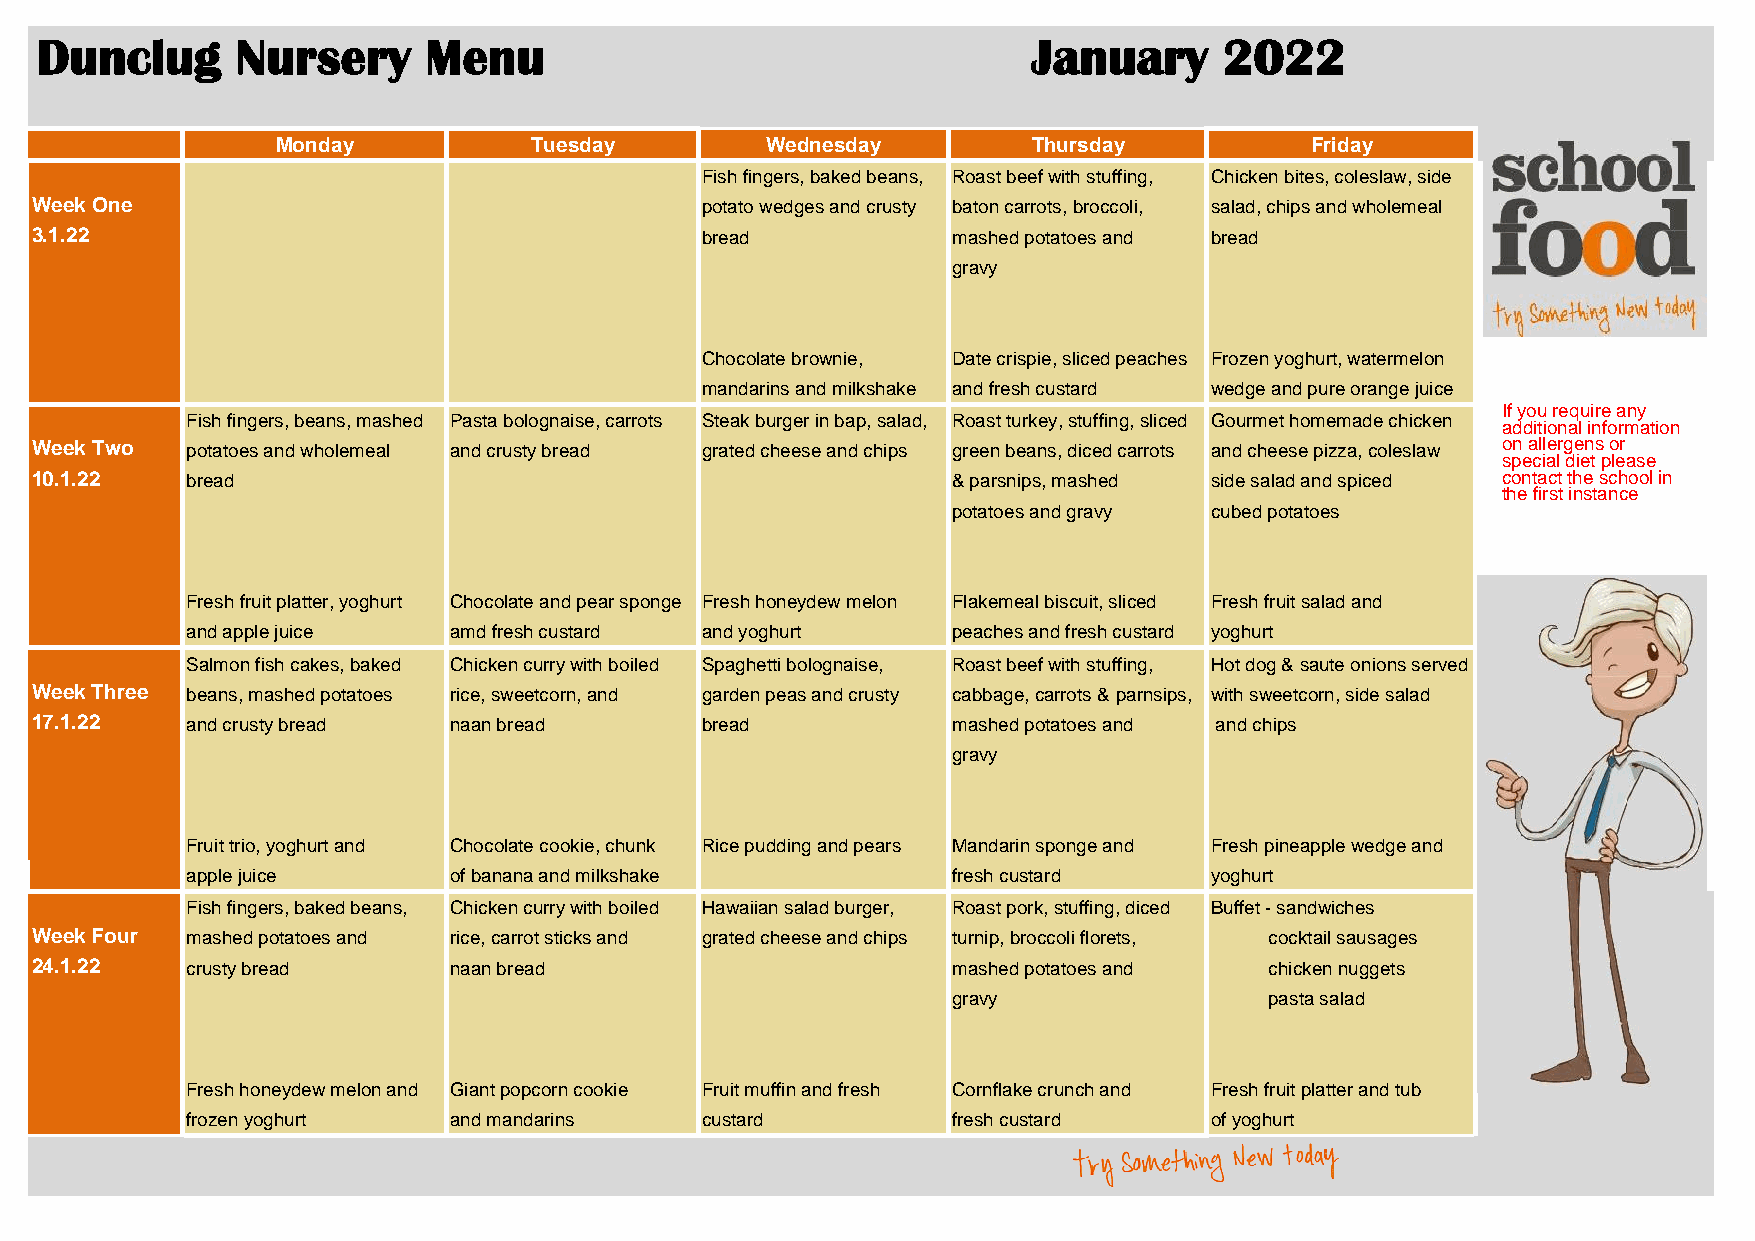
Dunclug       Nursery     Menu                                    January      2022
 Monday           Tuesday         Wednesday        Thursday           Friday
 Fish fingers, baked beans, Roast beef with stuffing, Chicken bites, coleslaw, side
 Week One                                    potato wedges and crusty baton carrots, broccoli, salad, chips and wholemeal
 3.1.22                                      bread            mashed potatoes and bread
 gravy
 Chocolate brownie, Date crispie, sliced peaches Frozen yoghurt, watermelon
 mandarins and milkshake and fresh custard wedge and pure orange juice
 If you require any
 Fish fingers, beans, mashed Pasta bolognaise, carrots Steak burger in bap, salad, Roast turkey, stuffing, sliced Gourmet homemade chicken
 additional information
 Week Two  potatoes and wholemeal and crusty bread grated cheese and chips green beans, diced carrots and cheese pizza, coleslaw on allergens or
 special diet please
 10.1.22   bread                                              & parsnips, mashed side salad and spiced contact the school in
 the first instance
 potatoes and gravy cubed potatoes
 Fresh fruit platter, yoghurt Chocolate and pear sponge Fresh honeydew melon Flakemeal biscuit, sliced Fresh fruit salad and
 and apple juice   amd fresh custard and yoghurt    peaches and fresh custard yoghurt
 Salmon fish cakes, baked Chicken curry with boiled Spaghetti bolognaise, Roast beef with stuffing, Hot dog & saute onions served
 Week Three beans, mashed potatoes rice, sweetcorn, and garden peas and crusty cabbage, carrots & parnsips, with sweetcorn, side salad
 17.1.22   and crusty bread  naan bread      bread            mashed potatoes and and chips
 gravy
 Fruit trio, yoghurt and Chocolate cookie, chunk Rice pudding and pears Mandarin sponge and Fresh pineapple wedge and
 apple juice       of banana and milkshake          fresh custard    yoghurt
 Fish fingers, baked beans, Chicken curry with boiled Hawaiian salad burger, Roast pork, stuffing, diced Buffet - sandwiches
 Week Four mashed potatoes and rice, carrot sticks and grated cheese and chips turnip, broccoli florets, cocktail sausages
 24.1.22   crusty bread      naan bread                       mashed potatoes and  chicken nuggets
 gravy                pasta salad
 Fresh honeydew melon and Giant popcorn cookie Fruit muffin and fresh Cornflake crunch and Fresh fruit platter and tub
 frozen yoghurt    and mandarins   custard          fresh custard    of yoghurt